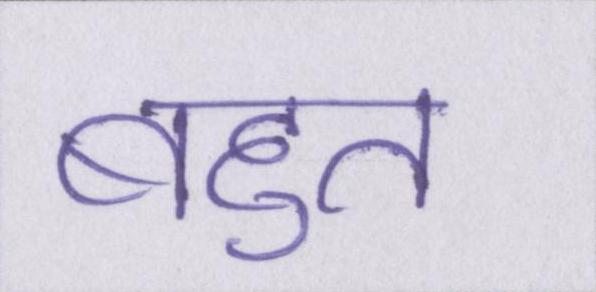
बहुत